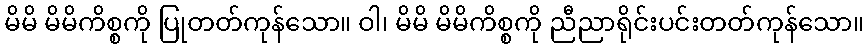
မိမိ မိမိကိစ္စကို ပြုတတ်ကုန်သော။ ဝါ၊ မိမိ မိမိကိစ္စကို ညီညာရိုင်းပင်းတတ်ကုန်သော။